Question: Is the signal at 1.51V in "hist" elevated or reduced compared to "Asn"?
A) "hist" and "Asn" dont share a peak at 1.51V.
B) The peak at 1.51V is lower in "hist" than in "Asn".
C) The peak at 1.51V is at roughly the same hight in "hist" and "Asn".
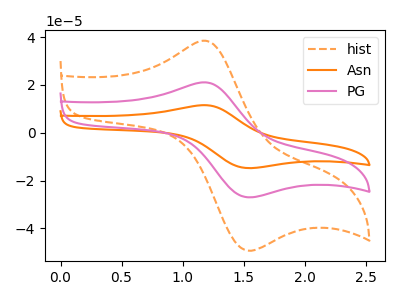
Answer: <think>The orange dashed curve "hist" has an anodic peak at (1.15V, 38.50uA) and a cathodic peak at (1.50V, -48.95uA). The orange curve "Asn" has an anodic peak at (1.15V, 42.15uA) and a cathodic peak at (1.50V, -53.60uA). The pink curve "PG" has an anodic peak at (1.15V, 21.10uA) and a cathodic peak at (1.50V, -26.80uA).</think>
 <answer>B) The peak at 1.51V is lower in "hist" than in "Asn".</answer>
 <eval>B</eval>